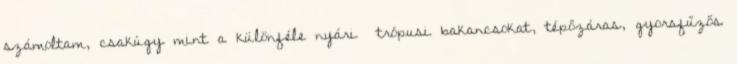
számoltam, csakúgy mint a különféle nyári trópusi bakancsokat, tépőzáras, gyorsfűzős